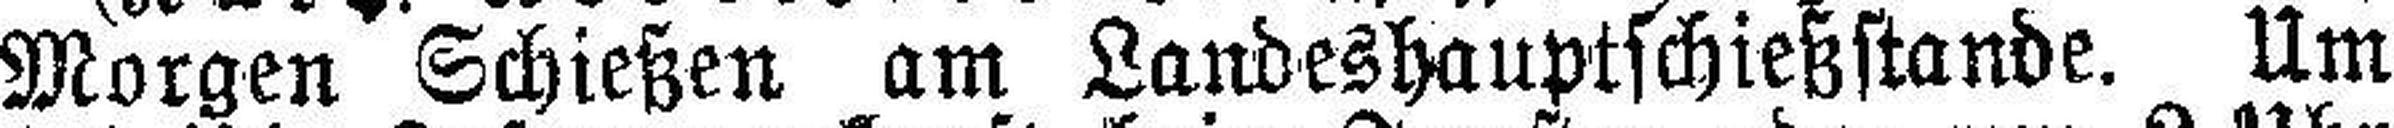
Morgen Schießen am Landeshauptschießstande. Um